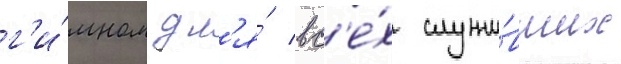
г'и́мном дл'я́ вс'е́х служи́вших